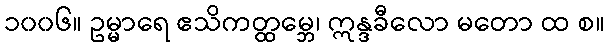
၁၀၀၆။ ဥမ္မာရေ ဧသိကတ္ထမ္ဘေ၊ ဣန္ဒခီလော မတော ထ စ။